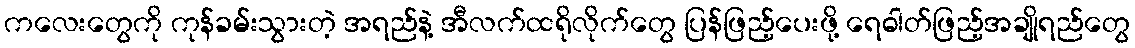
ကလေးတွေကို ကုန်ခမ်းသွားတဲ့ အရည်နဲ့ အီလက်ထရိုလိုက်တွေ ပြန်ဖြည့်ပေးဖို့ ရေဓါတ်ဖြည့်အချိုရည်တွေ